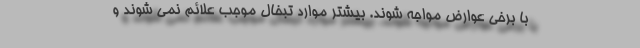
با برخی عوارض مواجه شوند. بیشتر موارد تبخال موجب علائم نمی شوند و